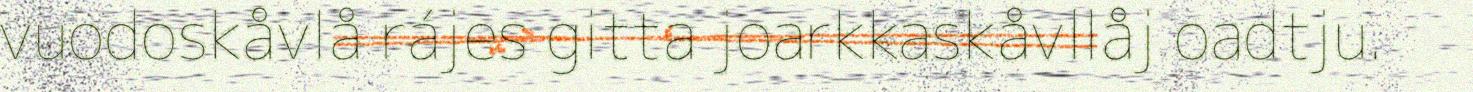
vuodoskåvlå rájes gitta joarkkaskåvllåj oadtju.